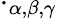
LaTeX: \cdot_{\alpha,\beta,\gamma}